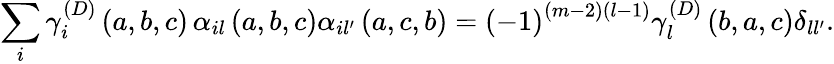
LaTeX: \sum_{i}\gamma_{i}^{\left(D\right)}\left(a,b,c\right)\, \alpha_{il}\left(a,b,c\right)\alpha_{il^{\prime}}\left(a,c,b\right)=\left(-1\right)^{\left(m-2\right)\left(l-1\right)}\gamma_{l}^{\left(D\right)}\left(b,a,c\right)\delta_{ll^{\prime}}.